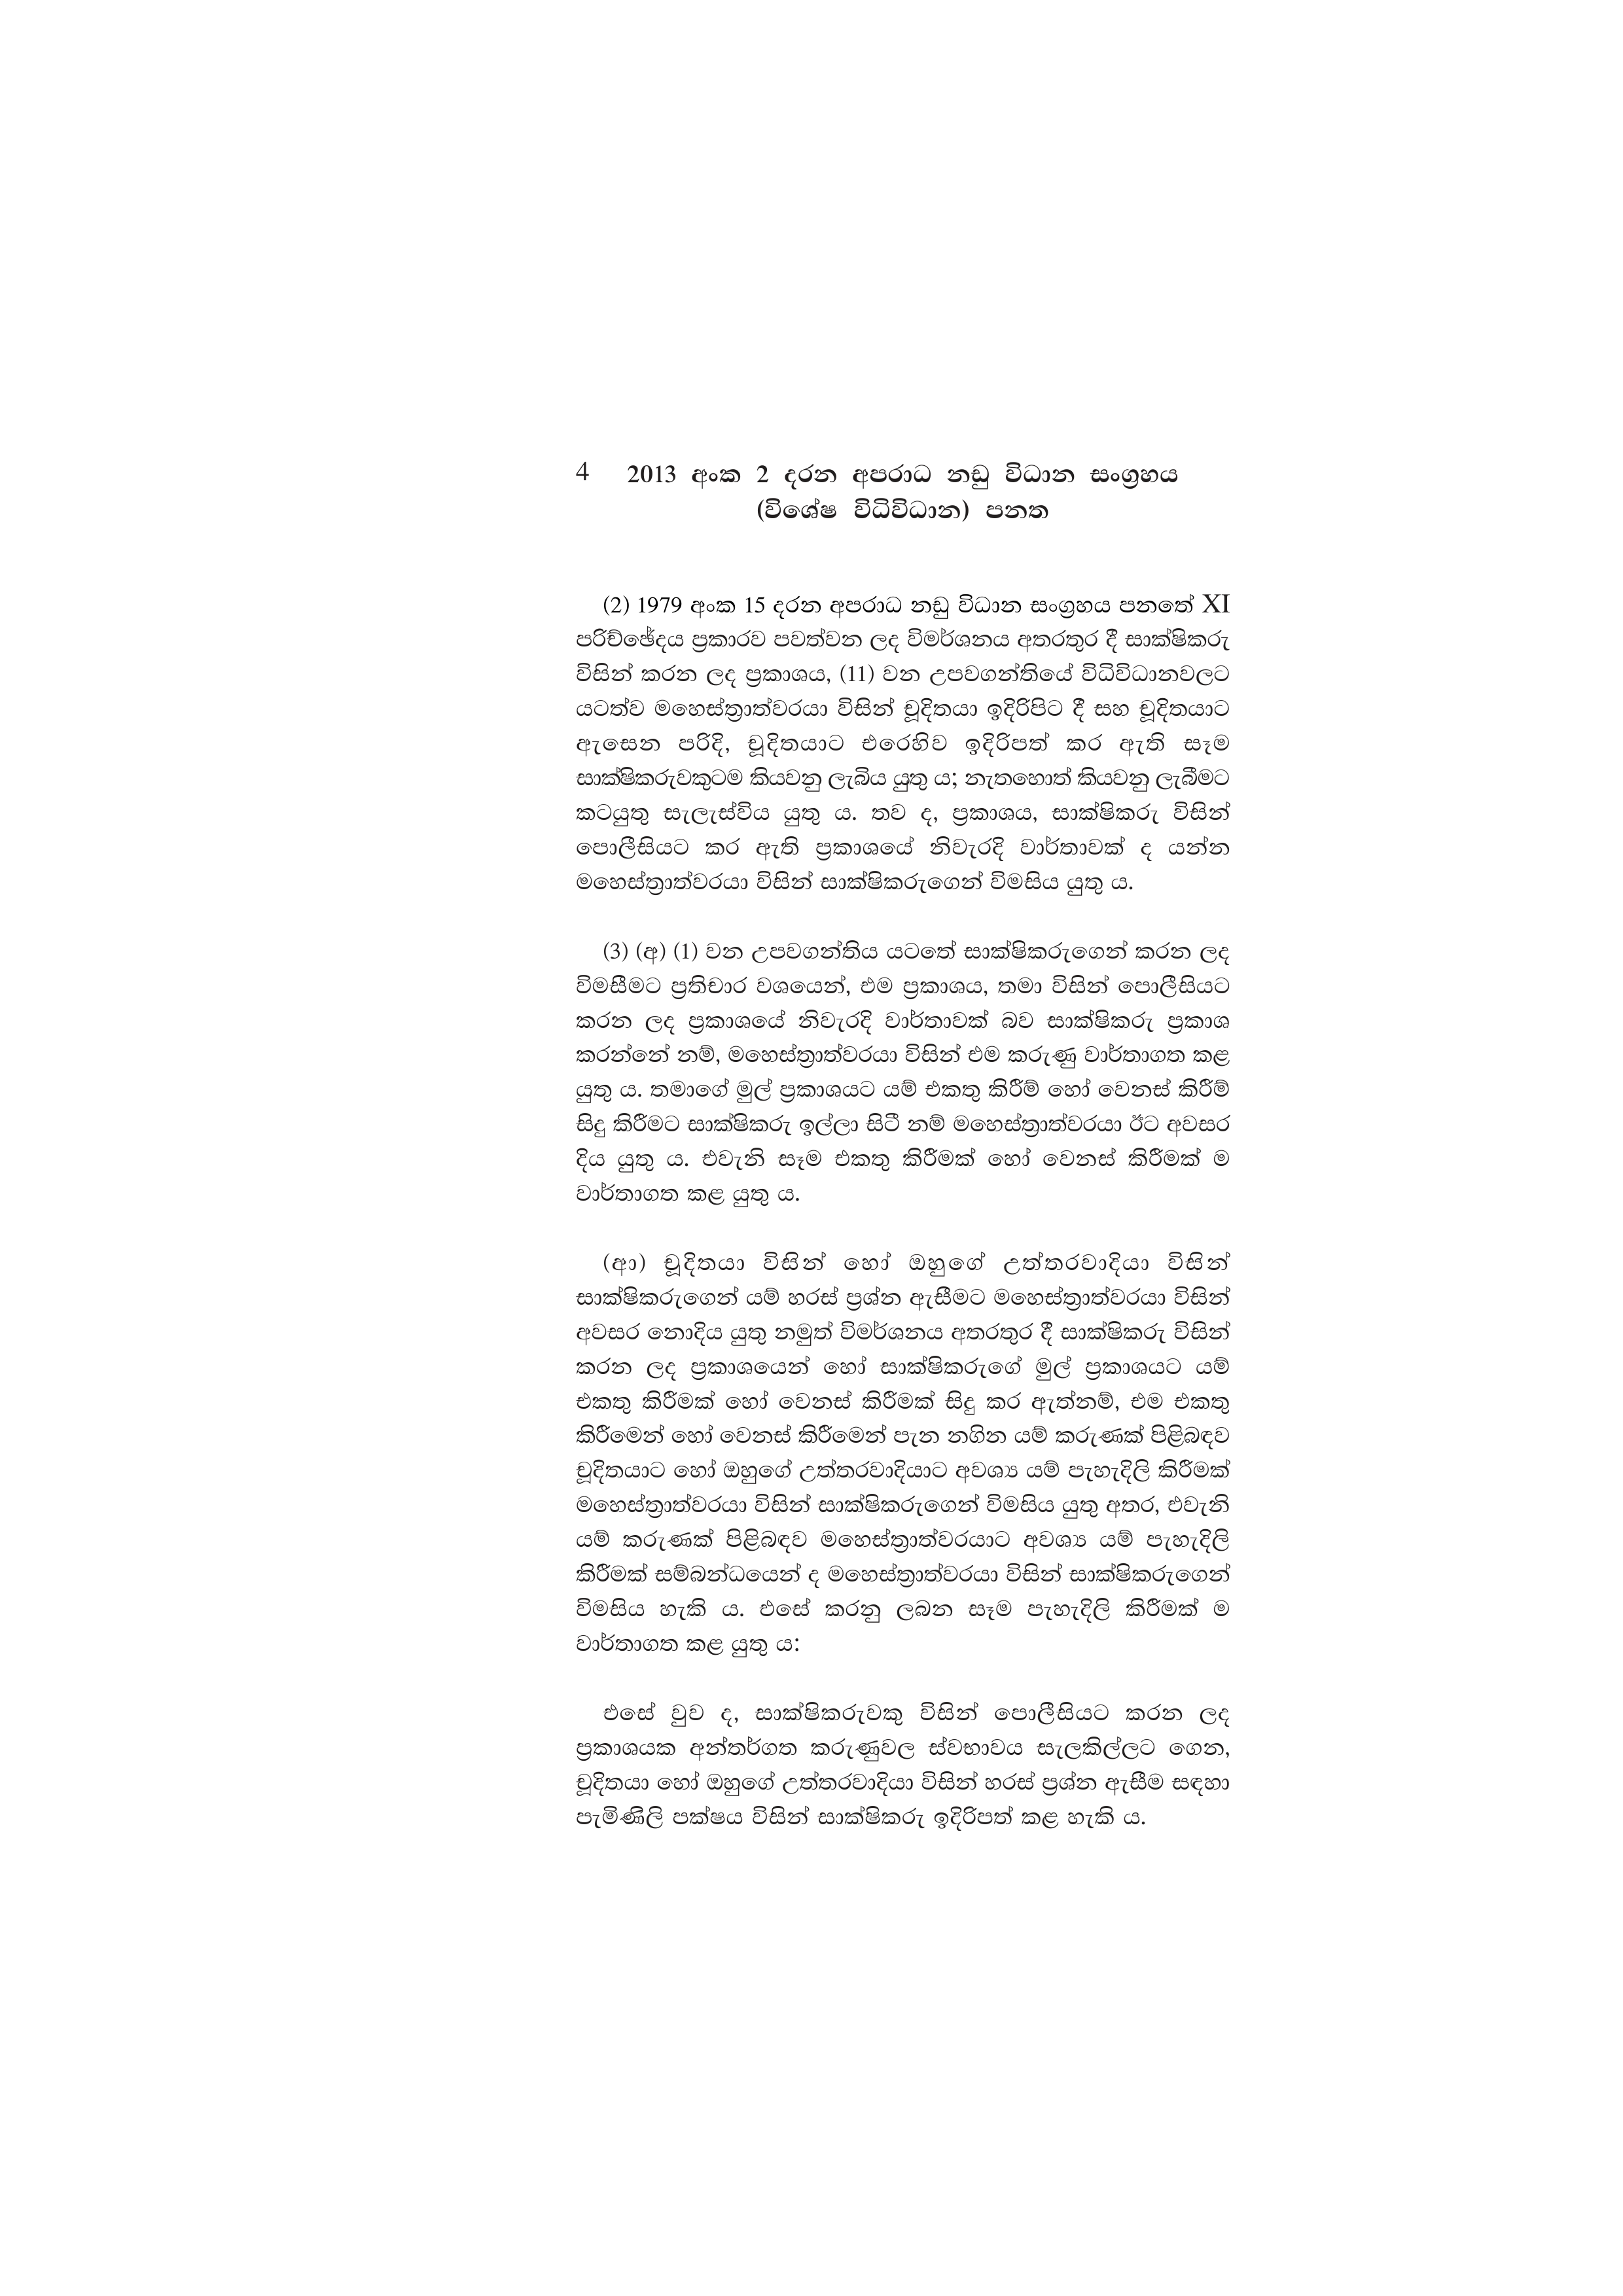
4 2013 අංක 2 දරන අපරාධ නඩු විධාන සංග්‍රහය
(විශේෂ විධිවිධාන) පනත

(2) 1979 අංක 15 දරන අපරාධ නඩු විධාන සංග්‍රහය පනතේ XI
පරිච්ඡේදය ප්‍රකාරව පවත්වන ලද විමර්ශනය අතරතුර දී සාක්ෂිකරු
විසින් කරන ලද ප්‍රකාශය, (11) වන උපවගන්තියේ විධිවිධානවලට
යටත්ව මහෙස්ත්‍රාත්වරයා විසින් චූදිතයා ඉදිරිපිට දී සහ චූදිතයාට
ඇසෙන පරිදි, චූදිතයාට එරෙහිව ඉදිරිපත් කර ඇති සෑම
සාක්ෂිකරුවකුටම කියවනු ලැබිය යුතු ය; නැතහොත් කියවනු ලැබීමට
කටයුතු සැලැස්විය යුතු ය. තව ද, ප්‍රකාශය, සාක්ෂිකරු විසින්
පොලීසියට කර ඇති ප්‍රකාශයේ නිවැරදි වාර්තාවක් ද යන්න
මහෙස්ත්‍රාත්වරයා විසින් සාක්ෂිකරුගෙන් විමසිය යුතු ය.

(3) (අ) (1) වන උපවගන්තිය යටතේ සාක්ෂිකරුගෙන් කරන ලද
විමසීමට ප්‍රතිචාර වශයෙන්, එම ප්‍රකාශය, තමා විසින් පොලීසියට
කරන ලද ප්‍රකාශයේ නිවැරදි වාර්තාවක් බව සාක්ෂිකරු ප්‍රකාශ
කරන්නේ නම්, මහෙස්ත්‍රාත්වරයා විසින් එම කරුණු වාර්තාගත කළ
යුතු ය. තමාගේ මුල් ප්‍රකාශයට යම් එකතු කිරීම් හෝ වෙනස් කිරීම්
සිදු කිරීමට සාක්ෂිකරු ඉල්ලා සිටී නම් මහෙස්ත්‍රාත්වරයා ඊට අවසර
දිය යුතු ය. එවැනි සෑම එකතු කිරීමක් හෝ වෙනස් කිරීමක් ම
වාර්තාගත කළ යුතු ය.

(ආ) චූදිතයා විසින් හෝ ඔහුගේ උත්තරවාදියා විසින්
සාක්ෂිකරුගෙන් යම් හරස් ප්‍රශ්න ඇසීමට මහෙස්ත්‍රාත්වරයා විසින්
අවසර නොදිය යුතු නමුත් විමර්ශනය අතරතුර දී සාක්ෂිකරු විසින්
කරන ලද ප්‍රකාශයෙන් හෝ සාක්ෂිකරුගේ මුල් ප්‍රකාශයට යම්
එකතු කිරීමක් හෝ වෙනස් කිරීමක් සිදු කර ඇත්නම්, එම එකතු
කිරීමෙන් හෝ වෙනස් කිරීමෙන් පැන නගින යම් කරුණක් පිළිබඳව
චූදිතයාට හෝ ඔහුගේ උත්තරවාදියාට අවශ්‍ය යම් පැහැදිලි කිරීමක්
මහෙස්ත්‍රාත්වරයා විසින් සාක්ෂිකරුගෙන් විමසිය යුතු අතර, එවැනි
යම් කරුණක් පිළිබඳව මහෙස්ත්‍රාත්වරයාට අවශ්‍ය යම් පැහැදිලි
කිරීමක් සම්බන්ධයෙන් ද මහෙස්ත්‍රාත්වරයා විසින් සාක්ෂිකරුගෙන්
විමසිය හැකි ය. එසේ කරනු ලබන සෑම පැහැදිලි කිරීමක් ම
වාර්තාගත කළ යුතු ය.

එසේ වුව ද, සාක්ෂිකරුවකු විසින් පොලීසියට කරන ලද
ප්‍රකාශයක අන්තර්ගත කරුණුවල ස්වභාවය සැලකිල්ලට ගෙන,
චූදිතයා හෝ ඔහුගේ උත්තරවාදියා විසින් හරස් ප්‍රශ්න ඇසීම සඳහා
පැමිණිලි පක්ෂය විසින් සාක්ෂිකරු ඉදිරිපත් කළ හැකි ය.